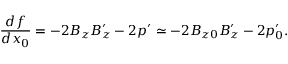
\frac { d f } { d x _ { 0 } } = - 2 B _ { z } B _ { z } ^ { \prime } - 2 p ^ { \prime } \simeq - 2 B _ { z 0 } B _ { z } ^ { \prime } - 2 p _ { 0 } ^ { \prime } .